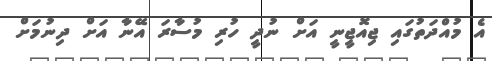
އެ މުއްދަތުގައި ޖިއޮޖީނީ އަށް ނުދީ ހުރި މުސާރަ އޭނާ އަށް ދިނުމަށް